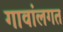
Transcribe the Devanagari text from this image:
गावांलगत